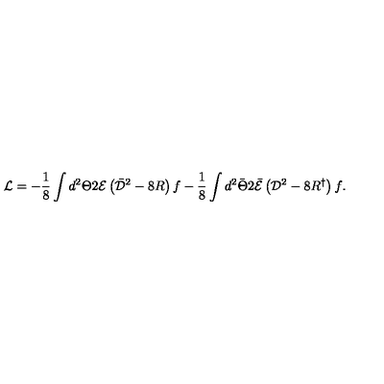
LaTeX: { \mathcal { L } } = - \frac { 1 } { 8 } \int { d ^ { 2 } \Theta 2 { \mathcal { E } } \left( \bar { \mathcal { D } } ^ { 2 } - 8 R \right) f } - \frac { 1 } { 8 } \int { d ^ { 2 } \bar { \Theta } 2 \bar { \mathcal { E } } \left( { \mathcal { D } } ^ { 2 } - 8 R ^ { \dagger } \right) f } .